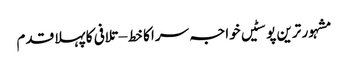
مشہور ترین پوسٹیں	خواجہ سرا کا خط – تلافی کا پہلا قدم